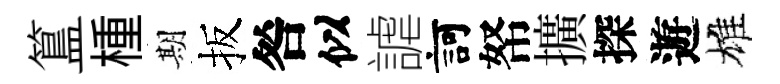
簋㮔期扳咎似謔訶帑擴探遊雄